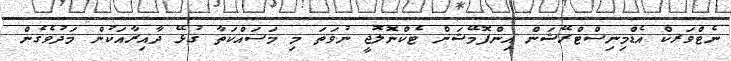
ނެޓްވަރކް އެޑްމިނިސްޓްރޭޝަން އިންފޮމޭޝަން ޓެކްނޮލޮޖީ ނުވަތަ މި މަސައްކަތާ ގުޅޭ ދާއިރާއަކުން މަދުވެގެން